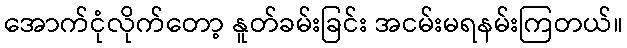
အောက်ငုံလိုက်တော့ နူတ်ခမ်းခြင်း အငမ်းမရနမ်းကြတယ်။